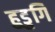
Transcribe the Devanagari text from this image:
हुडुगि